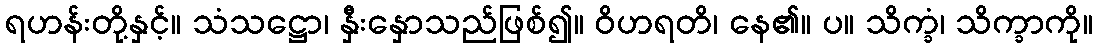
ရဟန်းတို့နှင့်။ သံသဋ္ဌော၊ နှီးနှောသည်ဖြစ်၍။ ဝိဟရတိ၊ နေ၏။ ပ။ သိက္ခံ၊ သိက္ခာကို။